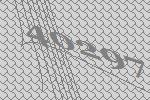
40297